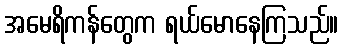
အမေရိကန်တွေက ရယ်မောနေကြသည်။